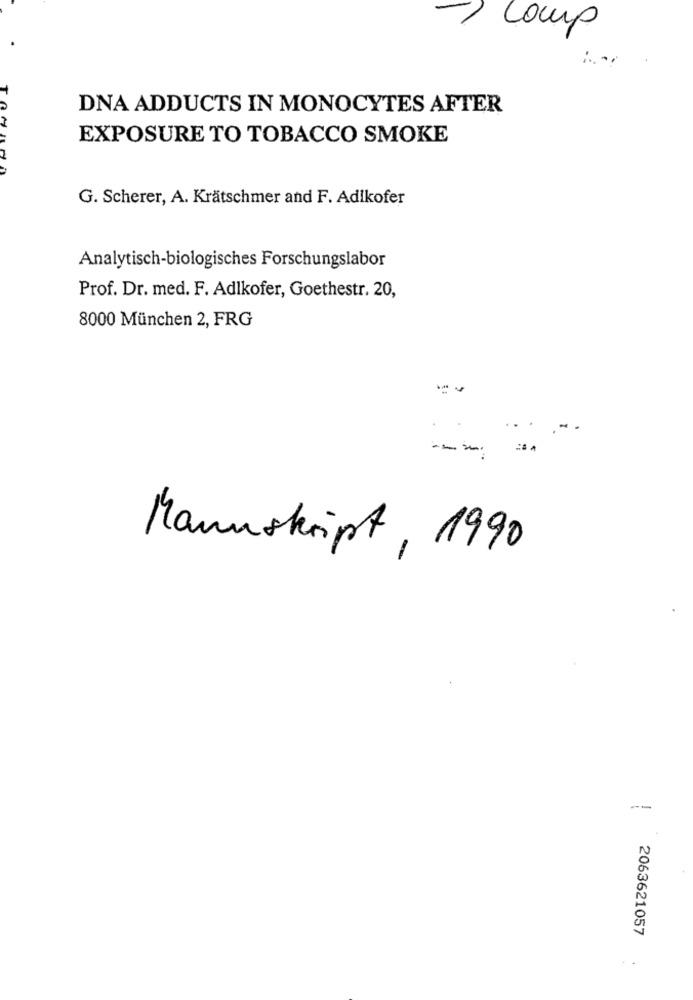
-1 comp
: -
DNA ADDUCTS IN MONOCYTES AFTER
EXPOSURE TO TOBACCO SMOKE
G. Scherer, A. Krätschmer and F. Adikofer
Analytisch-biologisches Forschungslabor
Prof. Dr. med. F. Adlkofer, Goethestr. 20,
8000 München 2, FRG
---
Manuskript , 1990
--
2063621057